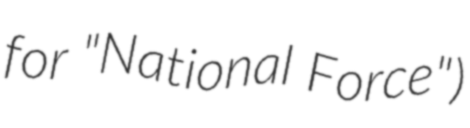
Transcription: for "National Force")